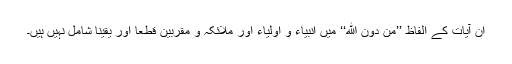
ان آیات کے الفاظ ’’مِنْ دُوْنِ اللهِ‘‘ میں انبیاء و اولیاء اور ملائکہ و مقربین قطعاً اور یقینا شامل نہیں ہیں۔